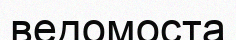
ведомоста